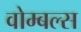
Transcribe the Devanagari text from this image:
वोम्बल्स